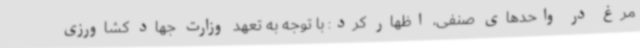
مرغ در واحدهای صنفی، اظهار کرد: با توجه به تعهد وزارت جهاد کشاورزی